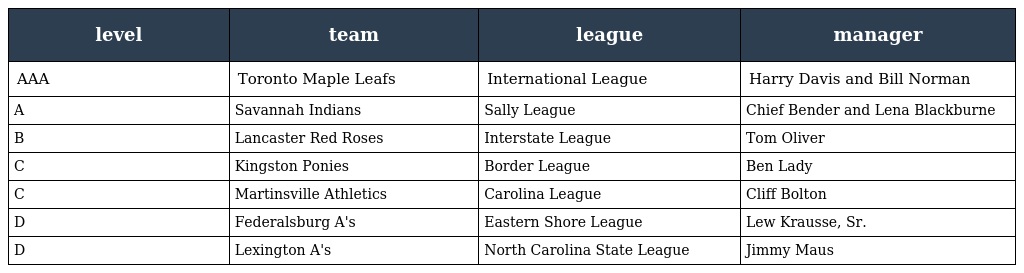
| level | team | league | manager |
 | --- | --- | --- | --- |
 | AAA | Toronto Maple Leafs | International League | Harry Davis and Bill Norman |
 | A | Savannah Indians | Sally League | Chief Bender and Lena Blackburne |
 | B | Lancaster Red Roses | Interstate League | Tom Oliver |
 | C | Kingston Ponies | Border League | Ben Lady |
 | C | Martinsville Athletics | Carolina League | Cliff Bolton |
 | D | Federalsburg A's | Eastern Shore League | Lew Krausse, Sr. |
 | D | Lexington A's | North Carolina State League | Jimmy Maus |